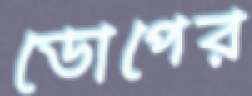
ডোপের